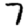
Digit: 7